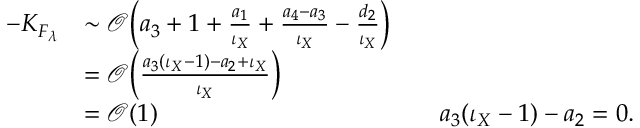
\begin{array} { r l r l } { - K _ { F _ { \lambda } } } & { \sim \mathcal { O } \Big ( a _ { 3 } + 1 + \frac { a _ { 1 } } { \iota _ { X } } + \frac { a _ { 4 } - a _ { 3 } } { \iota _ { X } } - \frac { d _ { 2 } } { \iota _ { X } } \Big ) } \\ & { = \mathcal { O } \Big ( \frac { a _ { 3 } ( \iota _ { X } - 1 ) - a _ { 2 } + \iota _ { X } } { \iota _ { X } } \Big ) } \\ & { = \mathcal { O } ( 1 ) } & & { a _ { 3 } ( \iota _ { X } - 1 ) - a _ { 2 } = 0 . } \end{array}